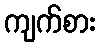
ကျက်စား